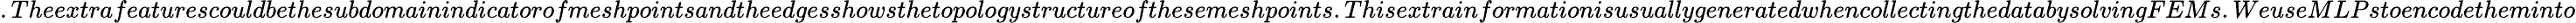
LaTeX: .Theextrafeaturescouldbethesubdomainindicatorofmeshpointsandtheedgesshowsthetopologystructureofthesemeshpoints.ThisextrainformationisusuallygeneratedwhencollectingthedatabysolvingFEMs.WeuseMLPstoencodetheminto